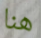
هنا